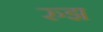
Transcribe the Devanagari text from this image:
रुझ